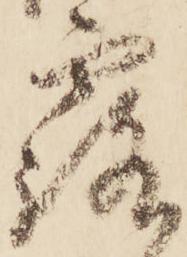
露